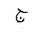
Letter: _gim